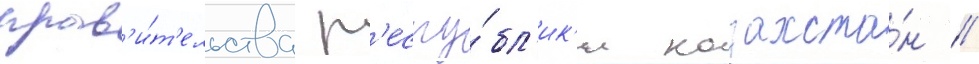
прав'и́т'ельства р'еспу́бл'ик'и казахста́н //